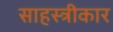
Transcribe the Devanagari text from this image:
साहस्त्रीकार